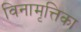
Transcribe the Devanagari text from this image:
विनामृत्तिका